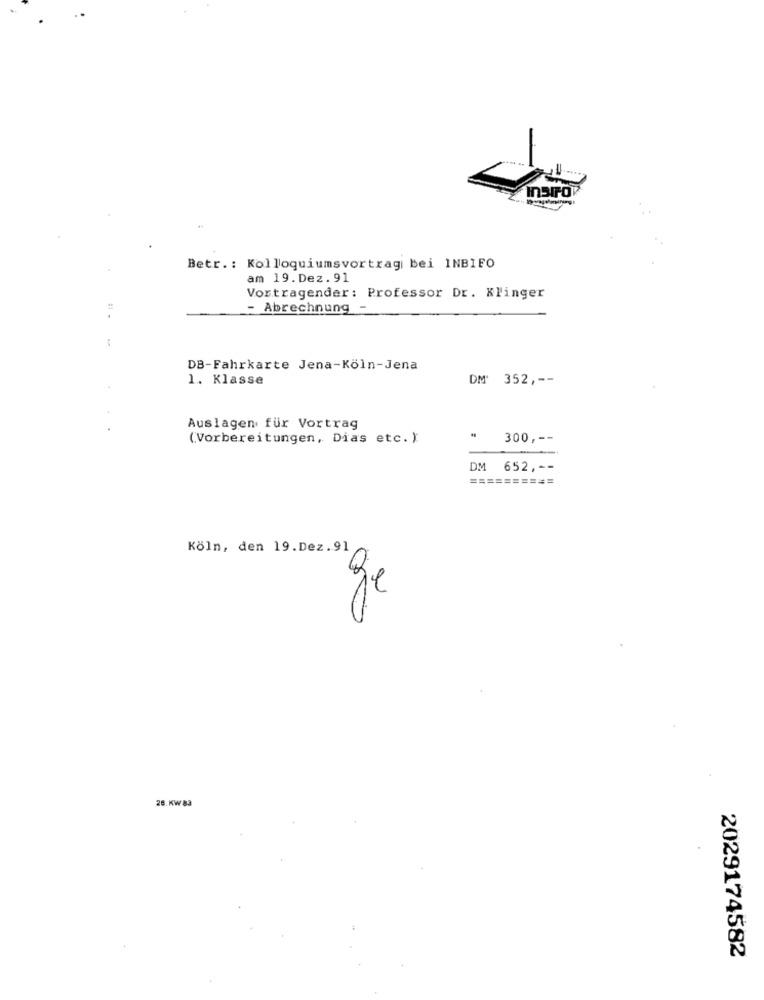
Betr .: Kolloquiumsvortrag bei INBIFO
am 19. Dez. 91
Vortragender: Professor Dr. Klinger
- Abrechnung -
DB-Fahrkarte Jena-Köln-Jena
1. Klasse
DM 352 ,--
Auslagen für Vortrag
(Vorbereitungen, Dias etc. )
300 ,--
DM 652 ,--
==========
Köln, den 19.Dez.91
ge
26.KW83
2029174582